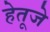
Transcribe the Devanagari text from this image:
हेतूजे